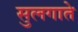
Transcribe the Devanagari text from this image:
सुलगाते